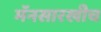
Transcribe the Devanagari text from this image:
मॅनसारखीच